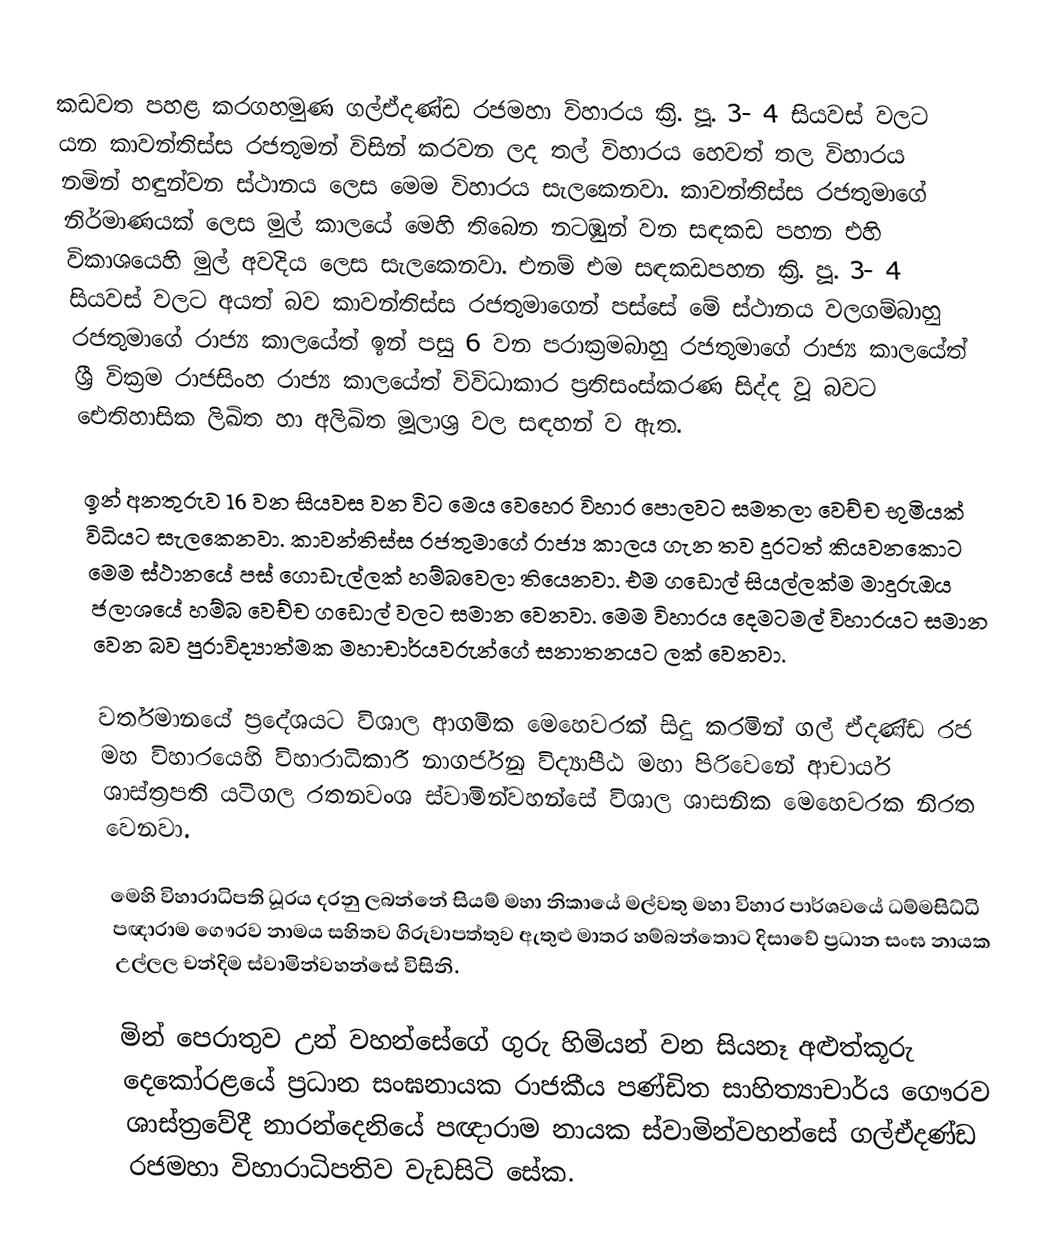
කඩවත පහළ කරගහමුණ ගල්ඒදණ්ඩ රජමහා විහාරය ක්‍රි. පූ. 3- 4 සියවස් වලට යන කාවන්තිස්ස රජතුමන් විසින් කරවන ලද තල් විහාරය හෙවත් තල විහාරය නමින් හඳුන්වන ස්ථානය ලෙස මෙම විහාරය සැලකෙනවා. කාවන්තිස්ස රජතුමාගේ නිර්මාණයක් ලෙස මුල් කාලයේ මෙහි තිබෙන නටඹුන් වන සඳකඩ පහන එහි විකාශයෙහි මුල් අවදිය ලෙස සැලකෙනවා. එනම් එම සඳකඩපහන ක්‍රි. පූ. 3- 4 සියවස් වලට අයත් බව කාවන්තිස්ස රජතුමාගෙන් පස්සේ මේ ස්ථානය වලගම්බාහු රජතුමාගේ රාජ්‍ය කාලයේත් ඉන් පසු 6 වන පරාක්‍රමබාහු රජතුමාගේ රාජ්‍ය කාලයේත් ශ්‍රී වික්‍රම රාජසිංහ රාජ්‍ය කාලයේත් විවිධාකාර ප්‍රතිසංස්කරණ සිද්ද වූ බවට ඓතිහාසික ලිඛිත හා අලිඛිත මූලාශ්‍ර වල සඳහන් ව ඇත.

ඉන් අනතුරුව 16 වන සියවස වන විට මෙය වෙහෙර විහාර පොලවට සමතලා වෙච්ච භුමියක් විධියට සැලකෙනවා. කාවන්තිස්ස රජතුමාගේ රාජ්‍ය කාලය ගැන තව දුරටත් කියවනකොට මෙම ස්ථානයේ පස් ගොඩැල්ලක් හම්බවෙලා  තියෙනවා. එම ගඩොල් සියල්ලක්ම මාදුරුඔය ජලාශයේ හම්බ වෙච්ච ගඩොල් වලට සමාන වෙනවා. මෙම විහාරය දෙමටමල් විහාරයට සමාන වෙන බව පුරාවිද්‍යාත්මක මහාචාර්යවරුන්ගේ සනාතනයට ලක් වෙනවා.

වර්තමානයේ ප්‍රදේශයට විශාල ආගමික මෙහෙවරක් සිදු කරමින් ගල් ඒදණ්ඩ රජ මහ විහාරයෙහි විහාරාධිකාරී නාගර්ජුන විද්‍යාපීඨ මහා පිරිවෙනේ ආචාර්ය ශාස්ත්‍රපති යටිගල රතනවංශ ස්වාමින්වහන්සේ විශාල ශාසනික මෙහෙවරක නිරත වෙනවා.

මෙහි විහාරාධිපති ධූරය දරනු ලබන්නේ සියම් මහා නිකායේ මල්වතු මහා විහාර පාර්ශවයේ ධම්මසිධ්ධි පඥාරාම ගෞරව නාමය සහිතව ගිරුවාපත්තුව ඇතුළු මාතර හම්බන්තොට දිසාවේ ප්‍රධාන සංඝ නායක උල්ලල චන්දිම ස්වාමින්වහන්සේ විසිනි.

මින් පෙරාතුව උන් වහන්සේගේ ගුරු හිමියන් වන සියනෑ අළුත්කූරු දෙකෝරළයේ ප්‍රධාන සංඝනායක රාජකීය පණ්ඩිත සාහිත්‍යාචාර්ය ගෞරව ශාස්ත්‍රවේදී නාරන්දෙනියේ පඥාරාම නායක ස්වාමින්වහන්සේ ගල්ඒදණ්ඩ රජමහා විහාරාධිපතිව වැඩසිටි සේක.